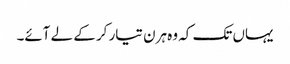
یہاں تک کہ وہ ہرن تیار کر کے لے آئے۔